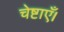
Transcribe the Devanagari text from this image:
चेष्टाएँ।